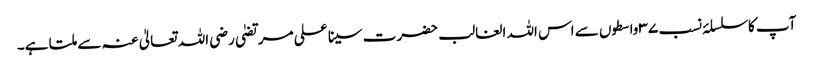
آپ کا سلسلۂ نسب ۳۷ واسطوں سے اس اللہ الغالب حضرت سینا علی مرتضیٰ رضی اللہ تعالیٰ عنہ سے ملتا ہے۔